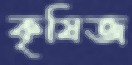
কৃষিজ